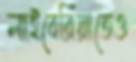
লাইবেরিয়াতেও